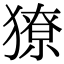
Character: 獠